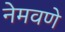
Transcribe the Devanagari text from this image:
नेमवणे